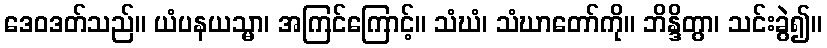
ဒေဝဒတ်သည်။ ယံပနယသ္မာ၊ အကြင်ကြောင့်။ သံဃံ၊ သံဃာတော်ကို။ ဘိန္ဒိတွာ၊ သင်းခွဲ၍။